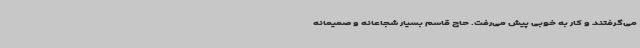
می‌گرفتند و کار به خوبی پیش می‌رفت. حاج قاسم بسیار شجاعانه و صمیمانه